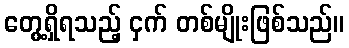
တွေ့ရှိရသည့် ငှက် တစ်မျိုးဖြစ်သည်။